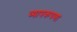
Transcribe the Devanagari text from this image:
व्यापकपणा